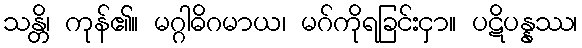
သန္တိ၊ ကုန်၏။ မဂ္ဂါဓိဂမာယ၊ မဂ်ကိုရခြင်းငှာ။ ပဋိပန္နဿ၊